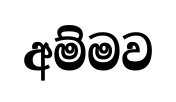
අම්මව